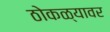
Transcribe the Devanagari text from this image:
ठोकळ्यावर